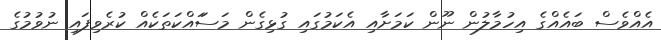
އެއްވެސް ބައެއްގެ އިހުމާލުން ނޫން ކަމަށާއި އެކަމުގައި ގުޅިގެން މަސަައްކަތަކެއް ކުރެވިފައި ނުވުމުގެ